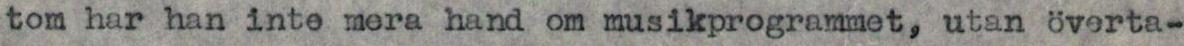
tom har han inte mera hand om musikprogrammet, utan överta-